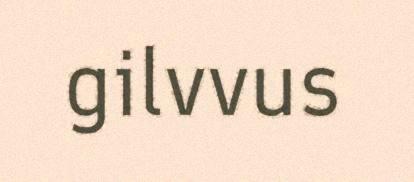
gilvvus